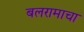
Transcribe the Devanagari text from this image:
बलरामाचा